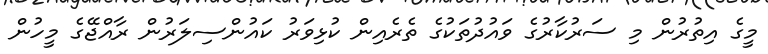
މީގެ އިތުރުން މި ސަރުކާރުގެ ވައުދުތަކުގެ ތެރެއިން ކުޅިވަރު ކައުންސިލަރުން ރާއްޖޭގެ މީހުން